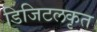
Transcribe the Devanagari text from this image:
डिजिटलकृत